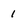
Character: 1